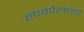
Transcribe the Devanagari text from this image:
लागोलागो